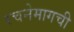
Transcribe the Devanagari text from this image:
रचनेमागची